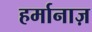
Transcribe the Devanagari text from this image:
हर्मानाज़